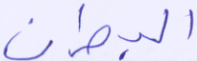
البحران